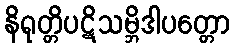
နိရုတ္တိပဋိသမ္ဘိဒါပတ္တော